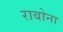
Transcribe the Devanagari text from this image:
राबोना